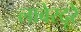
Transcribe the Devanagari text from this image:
लाबेरदूरे